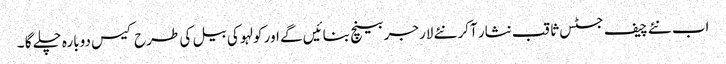
اب نئے چیف جسٹس ثاقب نثار آکر نئے لارجر بینچ بنائیں گے اور کولہو کی بیل کی طرح کیس دوبارہ چلے گا ۔